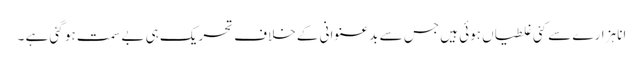
انا ہزارے سے کئی غلطیاں ہوئی ہیں جس سے بدعنوانی کے خلاف تحریک ہی بے سمت ہو گئی ہے ۔